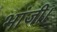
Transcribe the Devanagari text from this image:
भांजी।